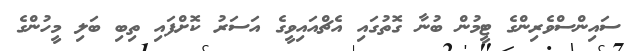
ސައިންސްވެރިންގެ ޓީމުން ބުނާ ގޮތުގައި އެޗްއައިވީގެ އަސަރު ކޮށްފައި ތިބި ބަލި މީހުންގެ